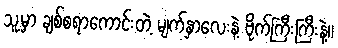
သူ့မှာ ချစ်စရာကောင်းတဲ့ မျက်နှာလေးနဲ့ ဗိုက်ကြီးကြီးနဲ့။